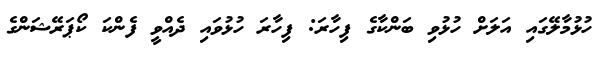
ހުޅުމާލޭގައި އަލަށް ހުޅުވި ބަންކާގެ ފިހާރަ: ފިހާރަ ހުޅުވައި ދެއްވީ ފެންކަ ކޯޕަރޭޝަންގެ